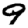
Digit: 9